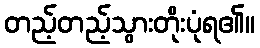
တည့်တည့်သွားတိုးပုံရ၏။